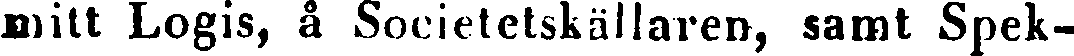
mitt Logis, å Societetskällaren, samt Spek-